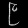
Digit: ၉